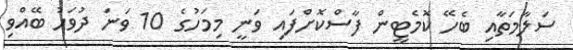
ސަލާމަތާއި ބެހޭ ކޮމެޓީން ފާސްކޮށްފައި ވަނީ މިމަހުގެ 10 ވަނަ ދުވަހު ބޭއްވި